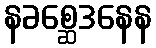
နခစ္ဆေဒနေန